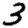
Digit: 3